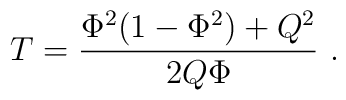
T={\Phi^2 (1-\Phi^2) +Q^2 \over 2Q\Phi}\ .